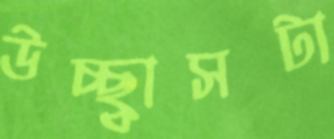
উচ্ছ্বাসটা